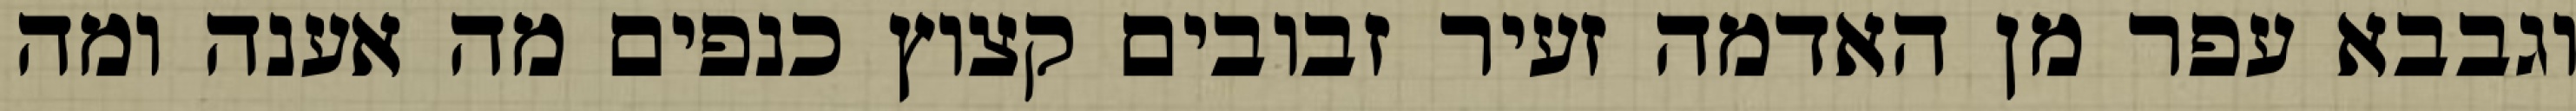
וגבבא עפר מן האדמה זעיר זבובים קצוץ כנפים מה אענה ומה